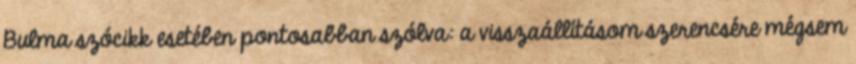
Bulma szócikk esetében pontosabban szólva: a visszaállításom szerencsére mégsem